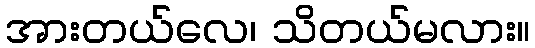
အားတယ်လေ၊ သိတယ်မလား။